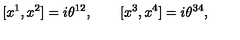
\lbrack x ^ { 1 } , x ^ { 2 } ] = i \theta ^ { 1 2 } , \qquad \lbrack x ^ { 3 } , x ^ { 4 } ] = i \theta ^ { 3 4 } ,